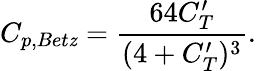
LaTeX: C_{p,Bet\mathit{z}}=\frac{{64C_{T}^{\prime}}}{{(4+C_{T}^{\prime})^{3}}}.